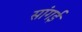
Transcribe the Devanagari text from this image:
सांगई